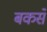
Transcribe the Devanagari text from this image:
बकसे